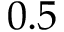
0 . 5